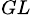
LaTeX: _{GL}